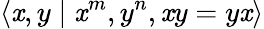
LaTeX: \langle\mathit{x},y\mid\mathit{x}^{m},y^{n},\mathit{x}y=y\mathit{x}\rangle